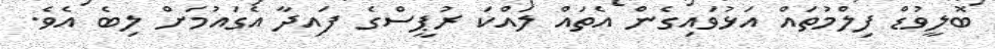
ބޮލީވުޑް ފިލްމުތައް އަޅުވައިގެން އެތައް ލައްކަ ރުޕީސްގެ ފައިދާ އެގައުމަށް ލިބެ އެވެ.